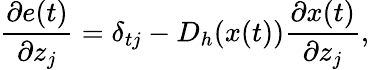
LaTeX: \frac{\partial e(t)}{\partial z_{j}}=\delta_{tj}-D_{h}(x(t))\frac{\partial x(t)}{\partial z_{j}},